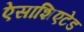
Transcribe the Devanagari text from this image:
ऐसाशिएटेड